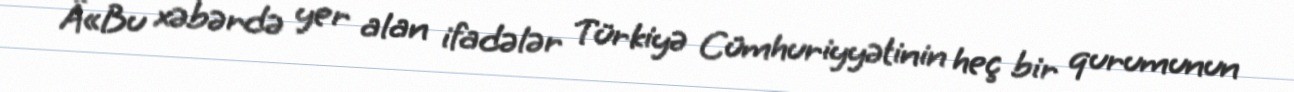
Â«Bu xəbərdə yer alan ifadələr Türkiyə Cümhuriyyətinin heç bir qurumunun